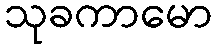
သုခကာမော